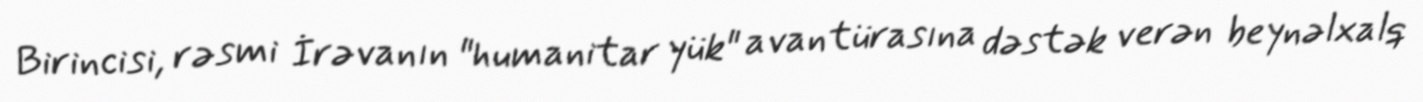
Birincisi, rəsmi İrəvanın "humanitar yük" avantürasına dəstək verən beynəlxalq